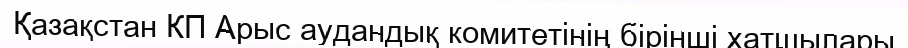
Қазақстан КП Арыс аудандық комитетінің бірінші хатшылары